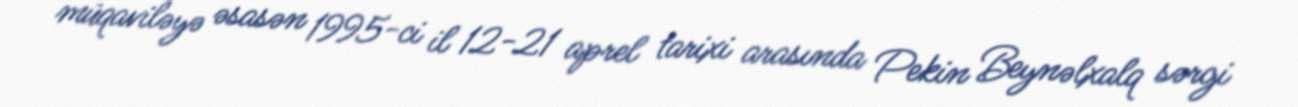
müqaviləyə əsasən 1995-ci il 12-21 aprel tarixi arasında Pekin Beynəlxalq sərgi